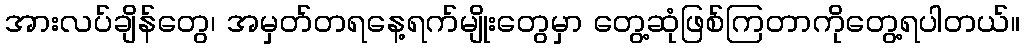
အားလပ်ချိန်တွေ၊ အမှတ်တရနေ့ရက်မျိုးတွေမှာ တွေ့ဆုံဖြစ်ကြတာကိုတွေ့ရပါတယ်။